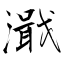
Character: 濈